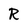
Character: R